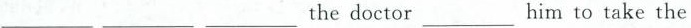
___ ___ ___the doctor___him to take the